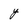
Character: Y